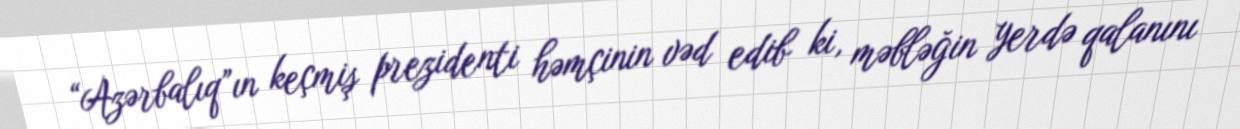
“Azərbalıq”ın keçmiş prezidenti həmçinin vəd edib ki, məbləğin yerdə qalanını